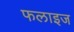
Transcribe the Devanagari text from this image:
फलाइज